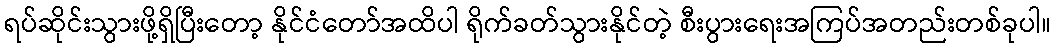
ရပ်ဆိုင်းသွားဖို့ရှိပြီးတော့ နိုင်ငံတော်အထိပါ ရိုက်ခတ်သွားနိုင်တဲ့ စီးပွားရေးအကြပ်အတည်းတစ်ခုပါ။